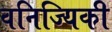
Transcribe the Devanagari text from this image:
वनिज्यिकी